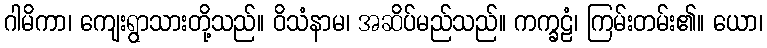
ဂါမိကာ၊ ကျေးရွာသားတို့သည်။ ဝိသံနာမ၊ အဆိပ်မည်သည်။ ကက္ခဠံ၊ ကြမ်းတမ်း၏။ ယော၊